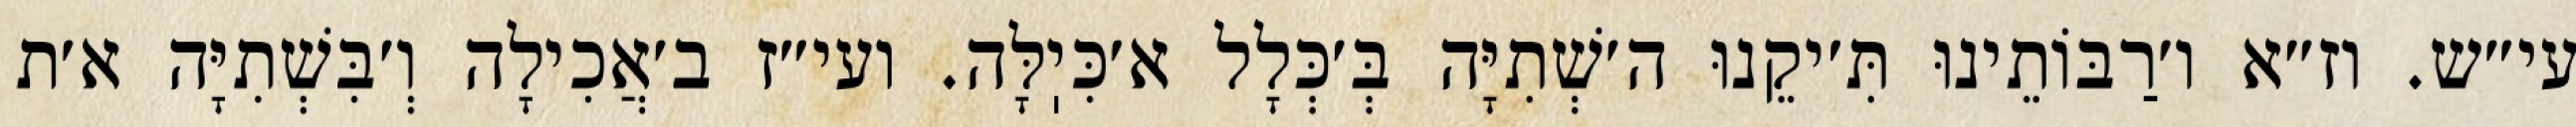
עי״ש. וז״א ו׳רַבּוֹתֵינוּ תִּ׳יקֵנוּ ה׳שְׁתִיָּה בְּ׳כְּלָל א׳כִּיֽלָּה. ועי״ז ב׳אֲכִילָה וְ׳בִּשְׁתִיָּה א׳ת